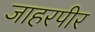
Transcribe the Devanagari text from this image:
जाहरपीर